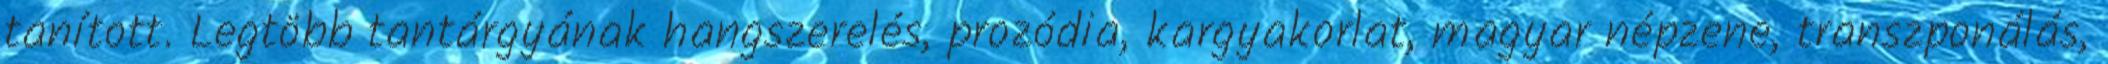
tanított. Legtöbb tantárgyának hangszerelés, prozódia, kargyakorlat, magyar népzene, transzponálás,